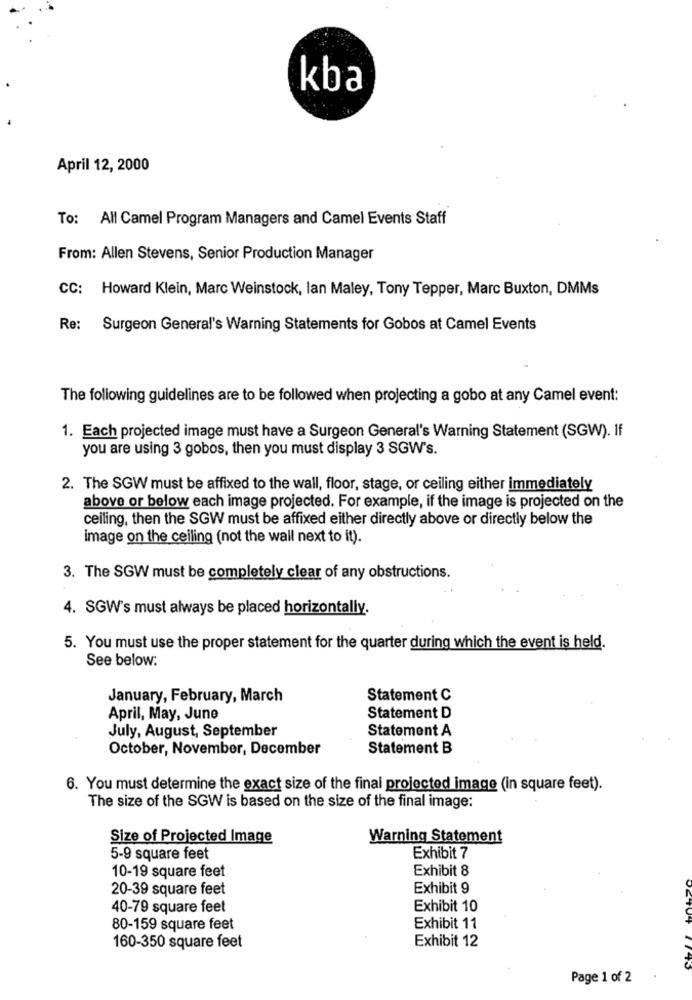
kba
April 12, 2000
To: All Camel Program Managers and Camel Events Staff
From: Allen Stevens, Senior Production Manager
CC: Howard Klein, Marc Weinstock, lan Maley, Tony Tepper, Marc Buxton, DMMs
Re: Surgeon General's Warning Statements for Gobos at Camel Events
The following guidelines are to be followed when projecting a gobo at any Camel event:
1. Each projected image must have a Surgeon General's Warning Statement (SGW). If
you are using 3 gobos, then you must display 3 SGW's.
2. The SGW must be affixed to the wall, floor, stage, or ceiling either immediately
above or below each image projected. For example, if the image is projected on the
ceiling, then the SGW must be affixed either directly above or directly below the
image on the ceiling (not the wall next to it).
3. The SGW must be completely clear of any obstructions.
4. SGW's must always be placed horizontally.
5. You must use the proper statement for the quarter during which the event is held.
See below:
January, February, March
Statement C
April, May, June
Statement D
July, August, September
Statement A
October, November, December
Statement B
6. You must determine the exact size of the final projected image (in square feet).
The size of the SGW is based on the size of the final image:
Size of Projected Image
Warning Statement
5-9 square feet
Exhibit 7
10-19 square feet
Exhibit 8
20-39 square feet
Exhibit 9
40-79 square feet
Exhibit 10
80-159 square feet
Exhibit 11
Exhibit 12
160-350 square feet
Page 1 of 2